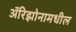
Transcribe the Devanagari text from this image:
ॲरिझोनामधील